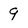
Character: 9